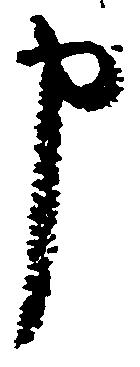
申